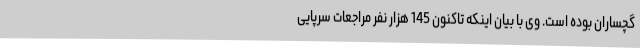
گچساران بوده است. وی با بیان اینکه تاکنون 145 هزار نفر مراجعات سرپایی